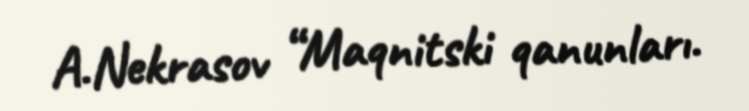
A.Nekrasov “Maqnitski qanunları.